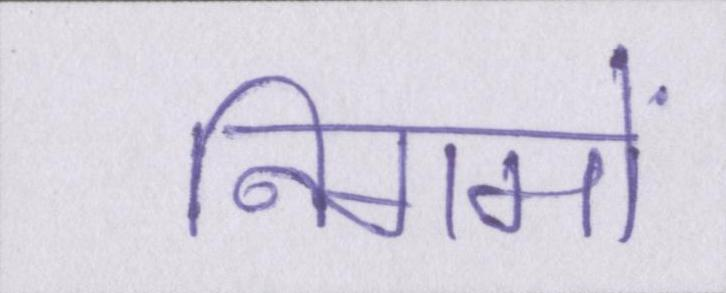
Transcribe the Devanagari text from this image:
निगमों